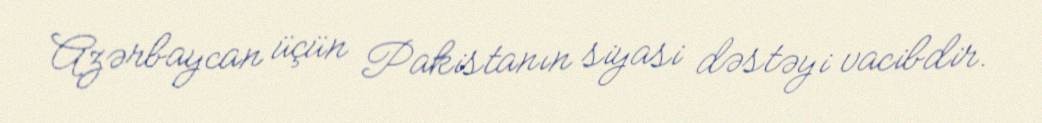
Azərbaycan üçün Pakistanın siyasi dəstəyi vacibdir.